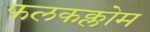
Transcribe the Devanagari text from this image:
फलकक्लोम